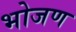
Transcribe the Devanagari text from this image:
भोजण